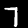
Digit: 7